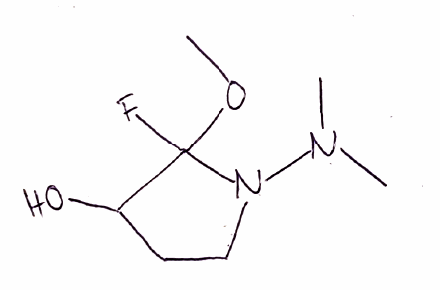
Simplified molecular-input line-entry system (SMILES) notation of the given molecule:
CN(C)N1CCC(C1(OC)F)O